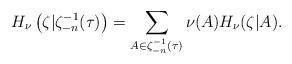
LaTeX: \begin{align*} H_\nu\left(\zeta|\zeta_{-n}^{-1}(\tau)\right)=\sum_{A\in\zeta_{-n}^{-1}(\tau)}\nu(A)H_\nu(\zeta|A).\end{align*}